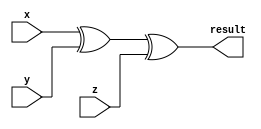
module par_gen(x,y,z,result);
input x,y,z;
output result;
xor (result,x,y,z);  
endmodule